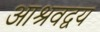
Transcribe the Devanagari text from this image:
आश्रवद्वय